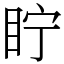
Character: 眝